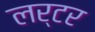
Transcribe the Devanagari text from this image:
लर्टर